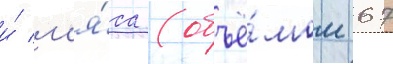
и́ м'я́са (объё́мом 67